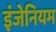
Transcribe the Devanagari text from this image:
इंजेनियम